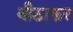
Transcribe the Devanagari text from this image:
बीठाकर